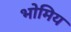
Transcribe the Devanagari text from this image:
भोमिय